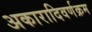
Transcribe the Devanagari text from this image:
अकारादिवर्णक्रम